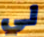
لي